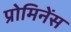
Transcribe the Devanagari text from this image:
प्रोमिनेंस